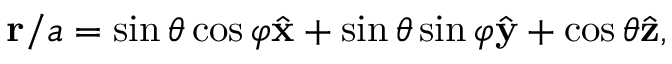
\begin{array} { r } { \mathbf { r } / a = \sin \theta \cos \varphi \hat { \mathbf { x } } + \sin \theta \sin \varphi \hat { \mathbf { y } } + \cos \theta \hat { \mathbf { z } } , } \end{array}